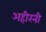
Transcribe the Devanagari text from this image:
अहीरनी